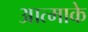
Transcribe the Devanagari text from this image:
आत्माके